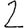
Digit: 2